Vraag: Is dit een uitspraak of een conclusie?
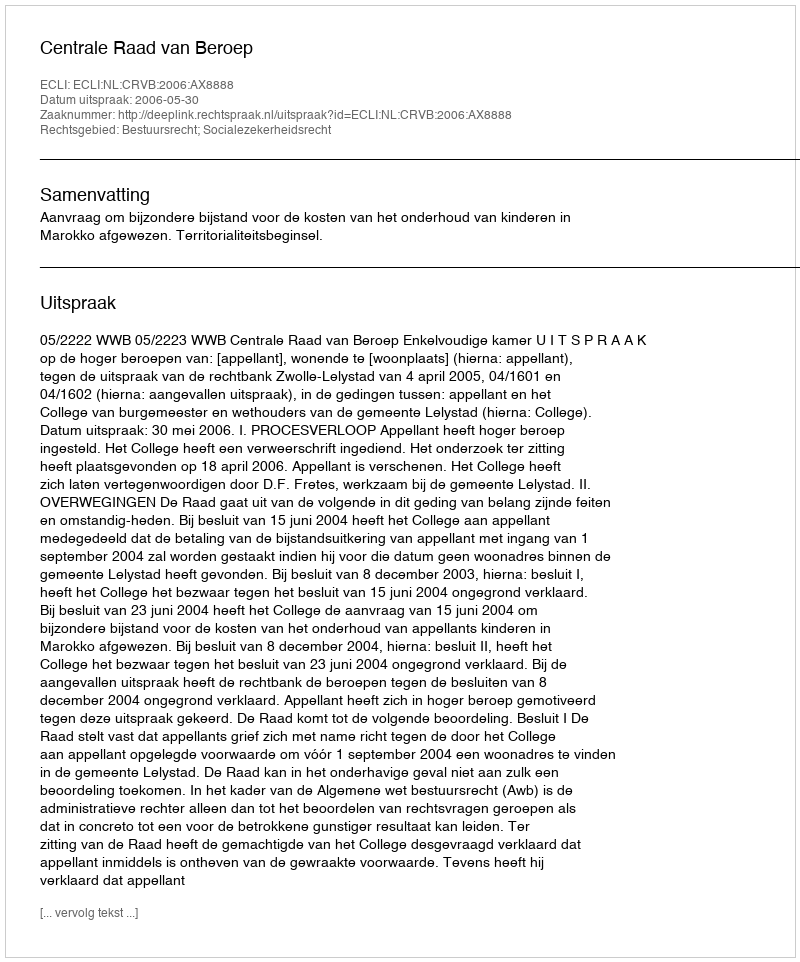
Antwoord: Uitspraak